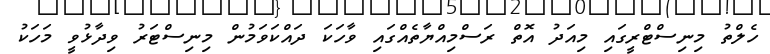
ހެލްތު މިނިސްޓްރީގައި މިއަދު އޮތް ރަސްމިއްޔާތެއްގައި ވާހަކަ ދައްކަވަމުން މިނިސްޓަރު ވިދާޅުވީ މަހަކު